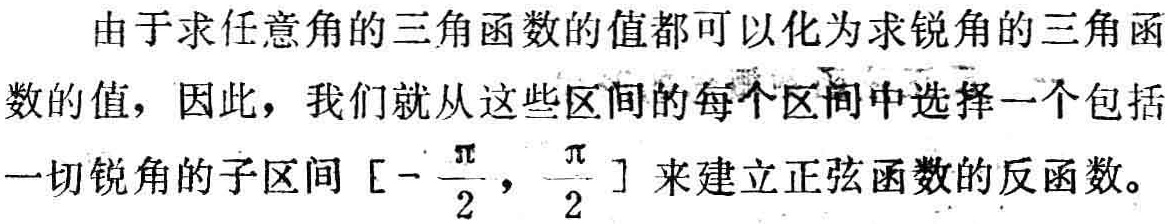
由于求任意角的三角函数的值都可以化为求锐角的三角函数的值，因此，我们就从这些区间的每个区间中选择一个包括一切锐角的子区间$[-\frac{\pi}{2}, \frac{\pi}{2}]$来建立正弦函数的反函数。